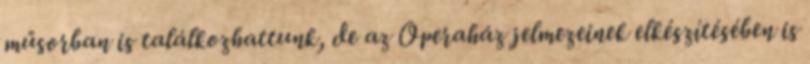
műsorban is találkozhattunk, de az Operaház jelmezeinek elkészítésében is